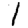
Digit: 1